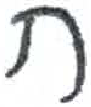
אות: ח